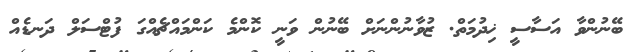
ބޭނުންވާ އަސާސީ ޚިދުމަތް. ޒުވާނުންނަށް ބޭނުން ވަނީ ކޮންމެ ކަންމައްޗެއްގަ ފުޓްސަލް ދަނޑެއް